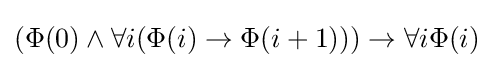
(\Phi (0)\land \forall i(\Phi (i)\to \Phi (i+1)))\to \forall i\Phi (i)\,\!